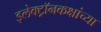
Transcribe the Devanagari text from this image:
इलेक्ट्रॉनकक्षांच्या